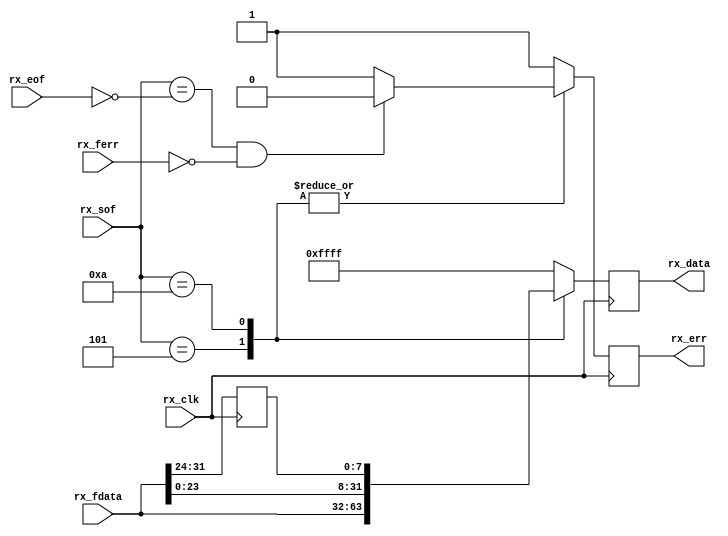
module cf_jesd_align_2 (

  // jesd interface

  rx_clk,
  rx_sof,
  rx_eof,
  rx_ferr,
  rx_fdata,

  // aligned data

  rx_err,
  rx_data);

  // jesd interface

  input           rx_clk;
  input   [ 3:0]  rx_sof;
  input   [ 3:0]  rx_eof;
  input   [ 3:0]  rx_ferr;
  input   [31:0]  rx_fdata;

  // aligned data

  output          rx_err;
  output  [31:0]  rx_data;

  reg     [ 7:0]  rx_fdata_d = 'd0;
  reg             rx_err = 'd0;
  reg     [31:0]  rx_data = 'd0;
 
  wire    [ 3:0]  rx_eof_s;
  wire            rx_err_s;

  // error conditions- sof & eof are mutually exclusive - xor should always be 4'b1111.
  // if there are frame errors - the xor will result in values other than 4'hf.

  assign rx_eof_s = ~rx_eof;
  assign rx_err_s = ((rx_sof == rx_eof_s) && (rx_ferr == 4'd0)) ? 1'b0 : 1'b1;

  // 2 bytes per frame - so only 2 combinations

  always @(posedge rx_clk) begin
    rx_fdata_d <= rx_fdata[31:24];
    case (rx_sof)
      4'b0101: begin
        rx_err <= rx_err_s;
        rx_data <= rx_fdata;
      end
      4'b1010: begin
        rx_err <= rx_err_s;
        rx_data <= {rx_fdata[23:0], rx_fdata_d};
      end
      default: begin
        rx_err <= 1'b1;
        rx_data <= 32'hffff;
      end
    endcase
  end

endmodule